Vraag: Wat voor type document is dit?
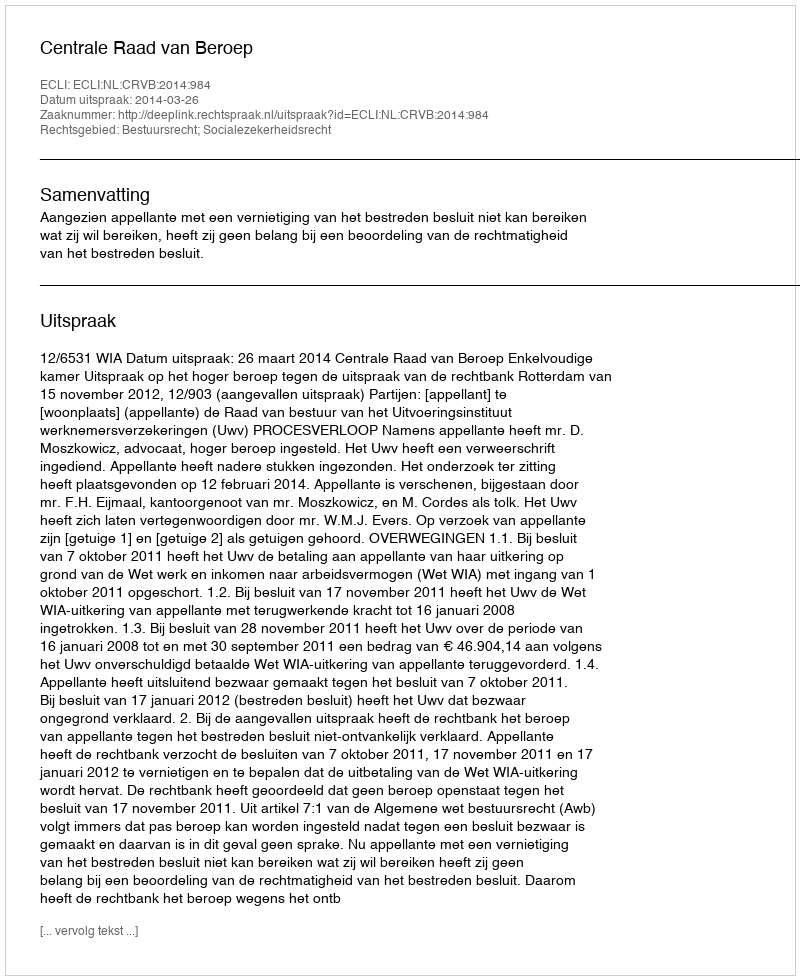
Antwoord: Uitspraak